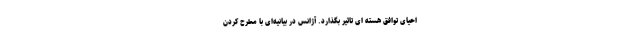
احیای توافق هسته ای تاثیر بگذارد. آژانس در بیانیه‌ای با مطرح کردن